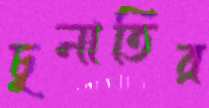
চুনাতির